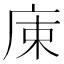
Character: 𢈠